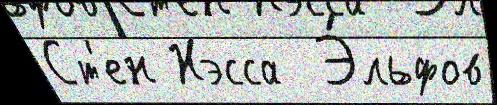
Ст'ен Нэсса  Э́льфов